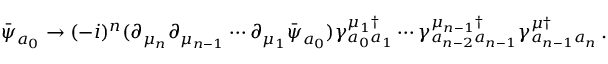
\bar { \psi } _ { a _ { 0 } } \rightarrow ( - i ) ^ { n } ( \partial _ { \mu _ { n } } \partial _ { \mu _ { n - 1 } } \cdots \partial _ { \mu _ { 1 } } \bar { \psi } _ { a _ { 0 } } ) \gamma _ { a _ { 0 } a _ { 1 } } ^ { \mu _ { 1 } \dagger } \cdots \gamma _ { a _ { n - 2 } a _ { n - 1 } } ^ { \mu _ { n - 1 } \dagger } \gamma _ { a _ { n - 1 } a _ { n } } ^ { \mu \dagger } \, .